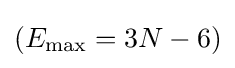
(E_{\max }=3N-6)